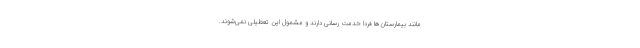
مانند بیمارستان‌ها فردا خدمت رسانی دارند و مشمول این تعطیلی نمی‌شوند.